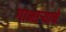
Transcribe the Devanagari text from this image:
गाभाऱ्याचे